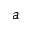
a